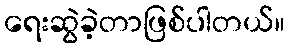
ရေးဆွဲခဲ့တာဖြစ်ပါတယ်။